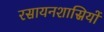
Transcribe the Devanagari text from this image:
रसायनशास्रियों